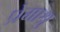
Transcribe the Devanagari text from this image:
प्रेमाश्रु